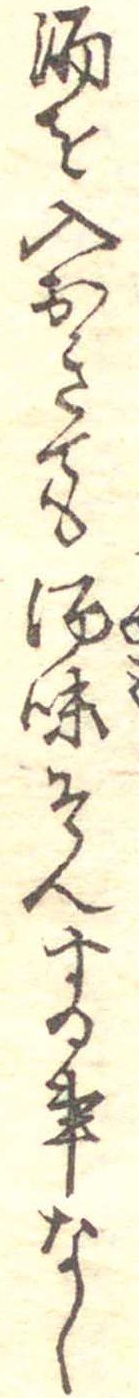
酒を入おきても酒味そんする事なし